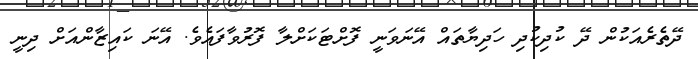
ދޭތެރެއަކުން ދޭ ކުދިކުދި ހަދިޔާތައް އޭނަވަނީ ފޮށްޓަކަށްލާ ފޮރުވާފައެވެ. އޭނަ ކައިޒާންއަށް ދިނީ